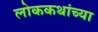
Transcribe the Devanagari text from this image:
लोककथांच्या